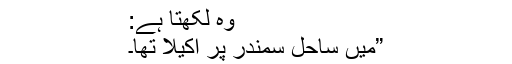
وہ لکھتا ہے:
”میں ساحلِ سمندر پر اکیلا تھا۔